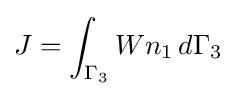
J=\int _{\Gamma _{3}}Wn_{1}\,d\Gamma _{3}